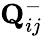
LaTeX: {\mathbf{Q}}_{ij}^{-}